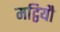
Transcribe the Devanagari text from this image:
मट्ठियौ